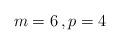
LaTeX: \begin{align*}m=6 \, , p=4\end{align*}